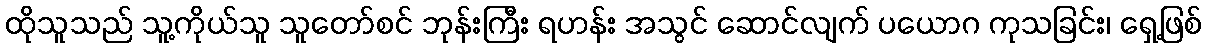
ထိုသူသည် သူ့ကိုယ်သူ သူတော်စင် ဘုန်းကြီး ရဟန်း အသွင် ဆောင်လျက် ပယောဂ ကုသခြင်း၊ ရှေ့ဖြစ်